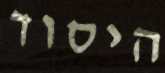
היסוד